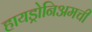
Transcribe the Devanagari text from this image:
हायड्रोनिअमची